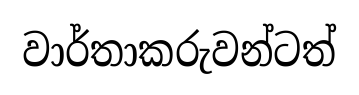
වාර්තාකරුවන්ටත්